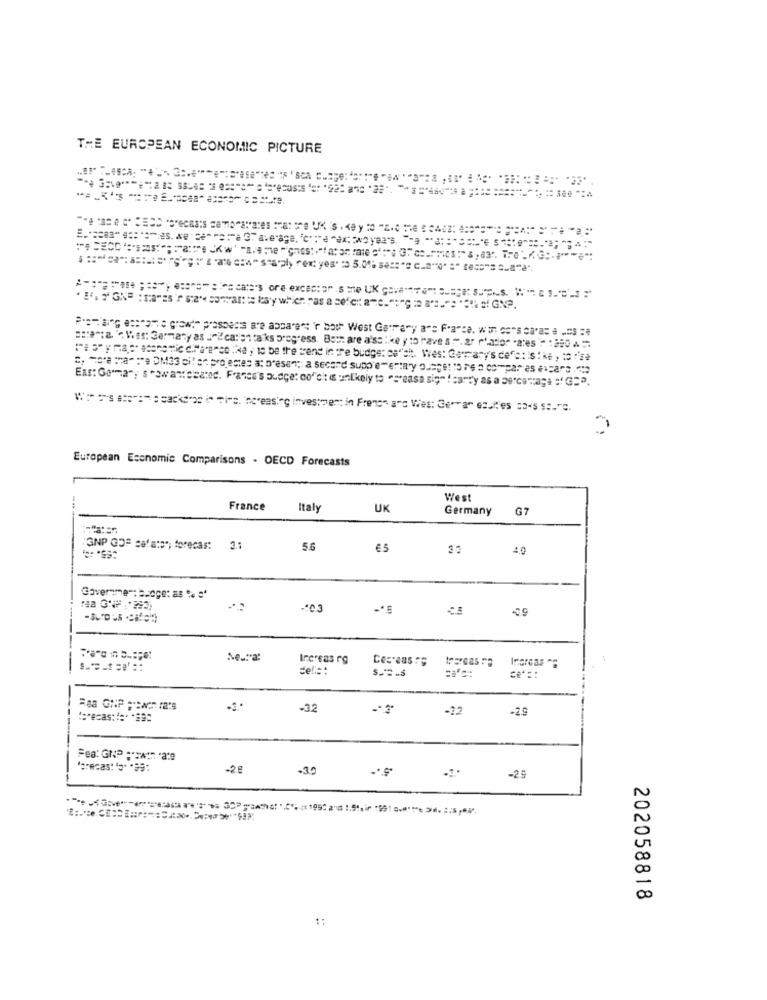
THE EUROPEAN ECONOMIC PICTURE
poeta. Mas: Germany as J " calenta ks bregress. Both are a'sshe y to have s ". ar ratio" .a'es " :290 =
c, more than :"e DM33 ci! en projectes at oresen ;; a second supplementary osaget to re a compar as ear
Ess: Gomma", sowanecatoc. France's budge: co"dit is unlikely to "creasa sig" !carty as a sercemage :'G=".
. .
European Economic Comparisons . OECD Forecasts
West
France
Italy
UK
Germany
G7
(SNP GO" :"at", forecast 3.1
5.6
€5
20
Coverme : acoge: as % '
ra GNF : "292)
:03
Increas rg
Ces-aas : 5
del' =:
-32
-32
-2.0
Fea: GNP :*: win rate
Porecas: '5* * 99:
-2€
-39
-25
202058818